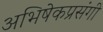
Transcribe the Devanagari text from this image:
अभिषेकप्रसंगी